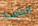
الجامحة